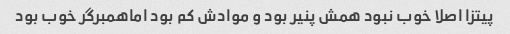
پیتزا اصلا خوب نبود همش پنیر بود و موادش کم بود اماهمبرگر خوب بود